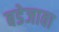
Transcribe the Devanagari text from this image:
बडेजावा